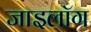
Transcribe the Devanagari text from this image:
जाइलॉग